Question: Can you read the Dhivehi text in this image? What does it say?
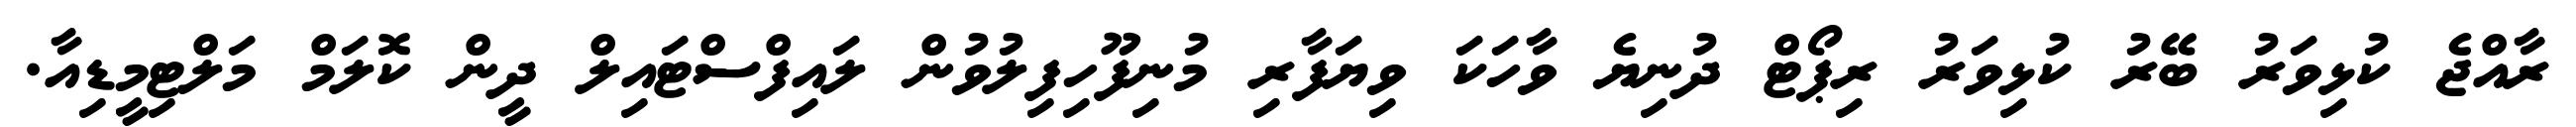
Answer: ރާއްޖެ ކުޅިވަރު ބޭރު ކުޅިވަރު ރިޕޯޓް ދުނިޔެ ވާހަކަ ވިޔަފާރި މުނިފޫހިފިލުވުން ލައިފްސްޓައިލް ދީން ކޮލަމް މަލްޓިމީޑިއާ.